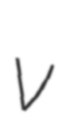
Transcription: v